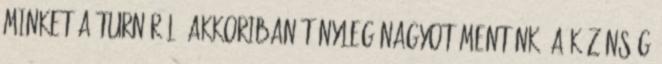
minket a turnéról. Akkoriban tényleg nagyot mentünk, a közönség